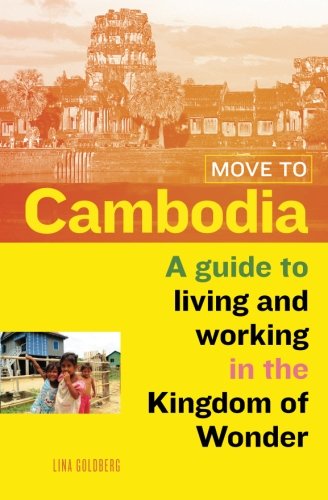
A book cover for Move to Cambodia: A guide to living and working in the Kingdom of Wonder; Lina Goldberg; Travel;